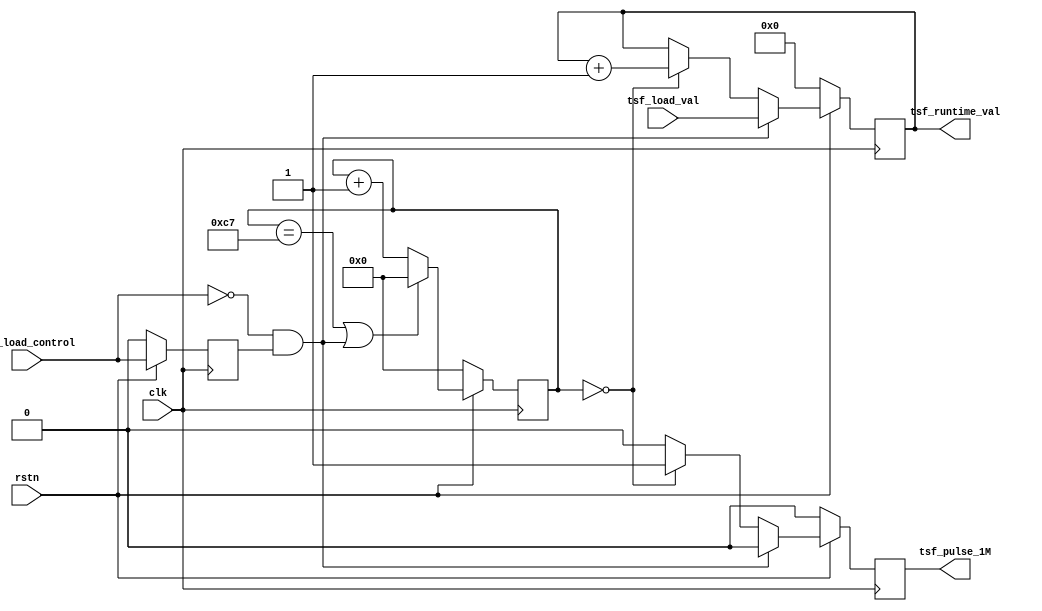
// Xianjun jiao. putaoshu@msn.com; xianjun.jiao@imec.be;

`timescale 1 ns / 1 ps

	module tsf_timer #
	(
		parameter integer TIMER_WIDTH = 64
	)
	(
		input wire  clk,
		input wire  rstn,
        input wire  tsf_load_control, //rising edge will load load_val into timer
        input wire  [(TIMER_WIDTH-1) : 0] tsf_load_val,
        output reg  [(TIMER_WIDTH-1) : 0] tsf_runtime_val,
        output reg  tsf_pulse_1M
	);

    reg [7:0] counter_1M; // assum clk at 200MHz
    reg tsf_load_control_reg;
     
    always @( posedge clk )
    begin
      if ( rstn == 1'b0 )
        begin
            counter_1M <= 8'd0;
            tsf_runtime_val <= 0;
            tsf_pulse_1M <= 0;
            tsf_load_control_reg <= 0;
        end 
      else
        begin
            tsf_load_control_reg <= tsf_load_control;
            if (counter_1M == 8'd199 || (tsf_load_control==0 && tsf_load_control_reg==1)) begin
                counter_1M <= 8'd0;
            end else begin
                counter_1M <= counter_1M + 1'b1;
            end
            
            if (tsf_load_control==0 && tsf_load_control_reg==1) begin
                tsf_pulse_1M <= 0;
                tsf_runtime_val <= tsf_load_val;
            end else begin
                if (counter_1M == 8'd0) begin
                    tsf_pulse_1M <= 1;
                    tsf_runtime_val <= tsf_runtime_val + 1'b1;
                end else begin
                    tsf_pulse_1M <= 0;
                    tsf_runtime_val <= tsf_runtime_val;
                end
            end
        end
    end    
    
	endmodule